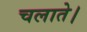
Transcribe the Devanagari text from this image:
चलाते।